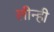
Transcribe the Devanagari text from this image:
लीन्‍ही